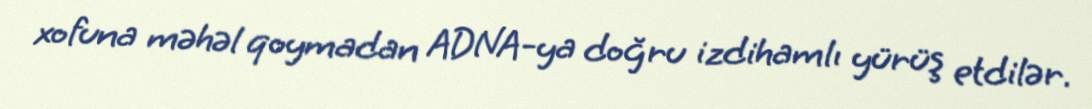
xofuna məhəl qoymadan ADNA-ya doğru izdihamlı yürüş etdilər.